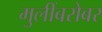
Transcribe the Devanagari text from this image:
मुलींबरोबर